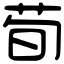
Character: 荀